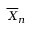
{ \overline { { X } } } _ { n }